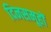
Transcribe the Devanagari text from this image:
दिनसमूहों